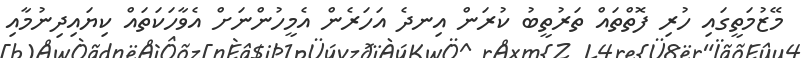
މޭޒުމަތީގައި ހުރި ފޮތްތައް ތަރުތީބު ކުރަން އިނދެ އަހަރެން އެމީހުންނަށް އެވާހަކަތައް ކިޔައިދިނުމާއި